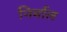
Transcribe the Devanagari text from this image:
निर्माल